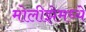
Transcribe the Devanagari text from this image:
मोलीझेमध्ये